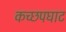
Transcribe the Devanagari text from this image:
कच्छपघाट